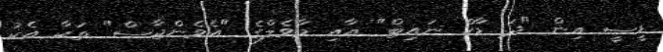
ޑީސީ އިން "ދަ ޑާކް ނައިޓް" އާއި މާވެލްގެ "އެވެންޖާސް" ތަކާ އެކު